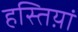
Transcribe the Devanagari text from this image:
हस्तिय़ां